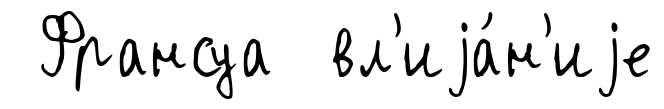
Франсуа вл'иjа́н'иjе